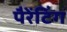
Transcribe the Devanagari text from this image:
पैरेंटिंग